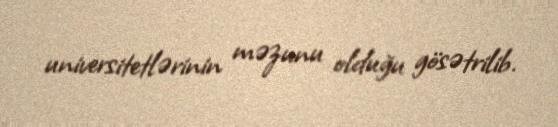
universitetlərinin məzunu olduğu gösətrilib.